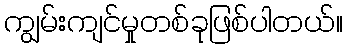
ကျွမ်းကျင်မှုတစ်ခုဖြစ်ပါတယ်။